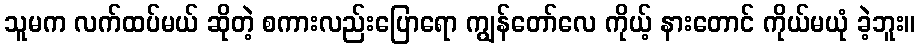
သူမက လက်ထပ်မယ် ဆိုတဲ့ စကားလည်းပြောရော ကျွန်တော်လေ ကိုယ့် နားတောင် ကိုယ်မယုံ ခဲ့ဘူး။